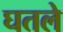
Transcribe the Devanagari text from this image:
घतले